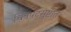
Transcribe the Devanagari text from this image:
चित्रपटसुष्टीत